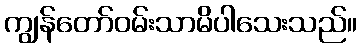
ကျွန်တော်ဝမ်းသာမိပါသေးသည်။